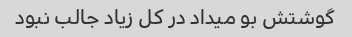
گوشتش بو میداد در کل زیاد جالب نبود